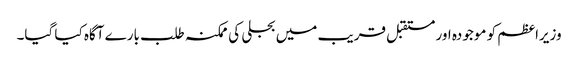
وزیراعظم کو موجودہ اور مستقبل قریب میں بجلی کی ممکنہ طلب بارے آگاہ کیا گیا۔